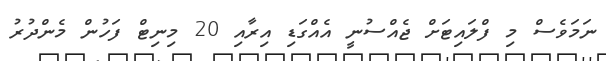
ނަމަވެސް މި ފްލައިޓަށް ޖެއްސުނީ އެއްގަޑި އިރާއި 20 މިނިޓް ފަހުން މެންދުރު